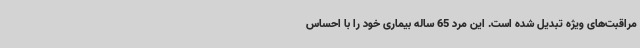
مراقبت‌های ویژه تبدیل شده است. این مرد 65 ساله بیماری خود را با احساس